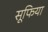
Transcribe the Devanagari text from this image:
सूफिया